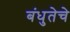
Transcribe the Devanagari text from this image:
बंधुतेचे